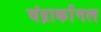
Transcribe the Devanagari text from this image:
चंद्रार्कानल